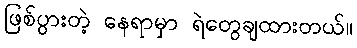
ဖြစ်ပွားတဲ့ နေရာမှာ ရဲတွေချထားတယ်။